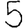
Digit: 5